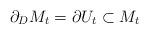
LaTeX: \begin{align*}\partial_D M_t = \partial U_t \subset M_t\end{align*}